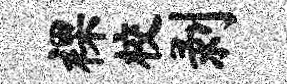
裸校剥